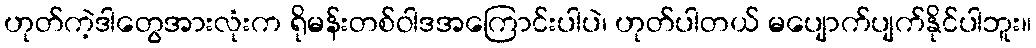
ဟုတ်ကဲ့ဒါတွေအားလုံးက ရိုမန်းတစ်ဝါဒအကြောင်းပါပဲ၊ ဟုတ်ပါတယ် မပျောက်ပျက်နိုင်ပါဘူး။